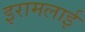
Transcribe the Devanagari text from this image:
इरामलाई